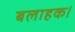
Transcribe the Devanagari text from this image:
बलाहक।